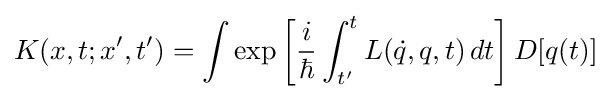
K(x,t;x',t')=\int \exp \left[{\frac {i}{\hbar }}\int _{t'}^{t}L({\dot {q}},q,t)\,dt\right]D[q(t)]